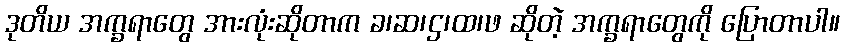
ဒုတိယ အက္ခရာတွေ အားလုံးဆိုတာက ခ၊ဆ၊ဌ၊ထ၊ဖ ဆိုတဲ့ အက္ခရာတွေကို ပြောတာပါ။